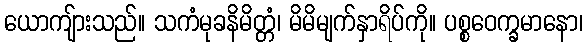
ယောကျ်ားသည်။ သကံမုခနိမိတ္တံ၊ မိမိမျက်နှာရိပ်ကို။ ပစ္စဝေက္ခမာနော၊